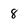
Character: 8